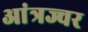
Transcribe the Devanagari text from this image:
आंत्रज्वर